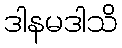
ဒါနမဒါသိ